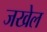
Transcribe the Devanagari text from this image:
जखेल